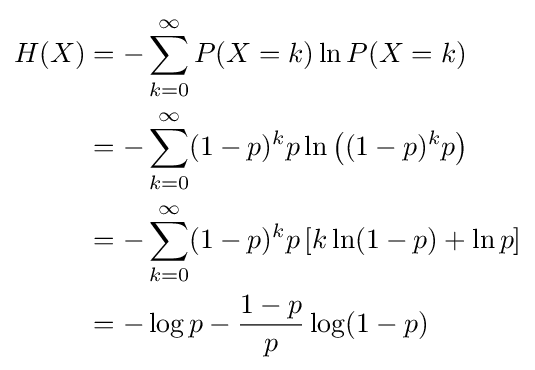
{\begin{aligned}H(X)&=-\sum _{k=0}^{\infty }P(X=k)\ln P(X=k)\\&=-\sum _{k=0}^{\infty }(1-p)^{k}p\ln \left((1-p)^{k}p\right)\\&=-\sum _{k=0}^{\infty }(1-p)^{k}p\left[k\ln(1-p)+\ln p\right]\\&=-\log p-{\frac {1-p}{p}}\log(1-p)\end{aligned}}